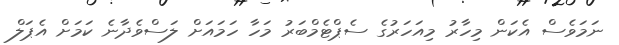
ނަމަވެސް އެކަން މިހާރު މިއަހަރުގެ ސެޕްޓެމްބަރު މަހާ ހަމައަށް ލަސްވެދާނެ ކަމަށް އެޕަލް